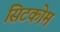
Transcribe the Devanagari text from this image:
सिटकोम